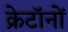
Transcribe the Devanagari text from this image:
क्रेटॉनों